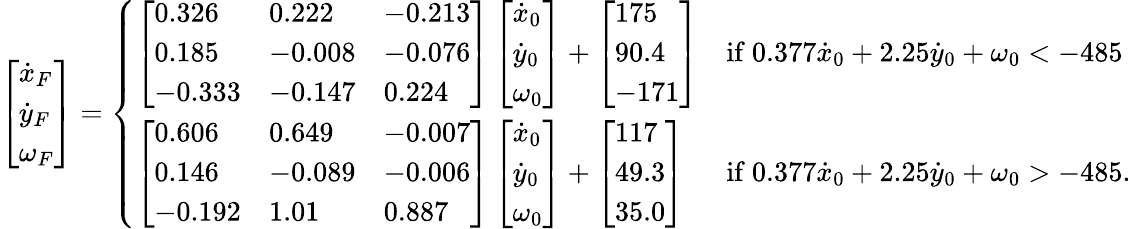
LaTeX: \left[\begin{array}{l}{\dot{x}_{F}}\\ {\dot{y}_{F}}\\ {\omega_{F}}\end{array}\right]=\left\{ \begin{array}{ll}{\left[\begin{array}{lll}{0.326}&{0.222}&{-0.213}\\ {0.185}&{-0.008}&{-0.076}\\ {-0.333}&{-0.147}&{0.224}\end{array}\right]\left[\begin{array}{l}{\dot{x}_{0}}\\ {\dot{y}_{0}}\\ {\omega_{0}}\end{array}\right]+\left[\begin{array}{l}{175}\\ {90.4}\\ {-171}\end{array}\right]}&{\mathrm{if~}0.377\dot{x}_{0}+2.25\dot{y}_{0}+\omega_{0}<-485}\\ {\left[\begin{array}{lll}{0.606}&{0.649}&{-0.007}\\ {0.146}&{-0.089}&{-0.006}\\ {-0.192}&{1.01}&{0.887}\end{array}\right]\left[\begin{array}{l}{\dot{x}_{0}}\\ {\dot{y}_{0}}\\ {\omega_{0}}\end{array}\right]+\left[\begin{array}{l}{117}\\ {49.3}\\ {35.0}\end{array}\right]}&{\mathrm{if~}0.377\dot{x}_{0}+2.25\dot{y}_{0}+\omega_{0}>-485.}\end{array}\right.